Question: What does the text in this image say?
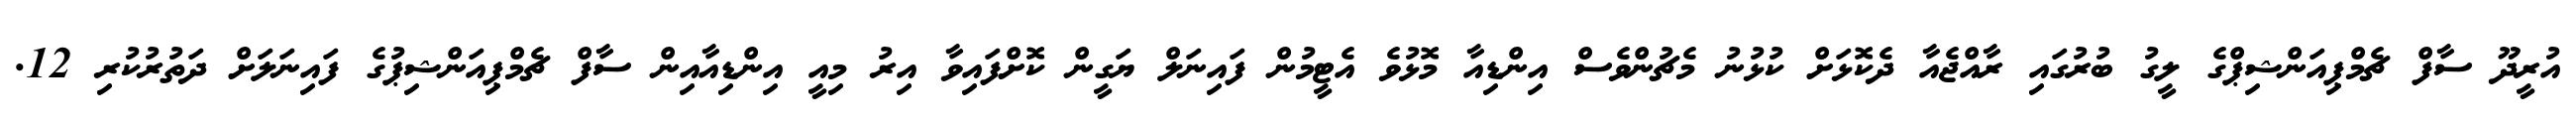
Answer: އުރީދޫ ސާފް ޗެމްޕިއަންޝިޕްގެ ލީގު ބުރުގައި ރާއްޖެއާ ދެކޮޅަށް ކުޅުނު މެޗުންވެސް އިންޑިއާ މޮޅުވެ އެޓީމުން ފައިނަލް ޔަގީން ކޮށްފައިވާ އިރު މިއީ އިންޑިއާއިން ސާފް ޗެމްޕިއަންޝިޕުގެ ފައިނަލަށް ދަތުރުކުރި 12.